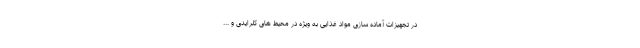
در تجهیزات آماده سازی مواد غذایی به ویژه در محیط های کلرایدی و ...